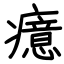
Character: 癔